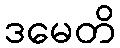
ဒမေတိ